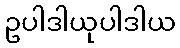
ဥပါဒါယုပါဒါယ